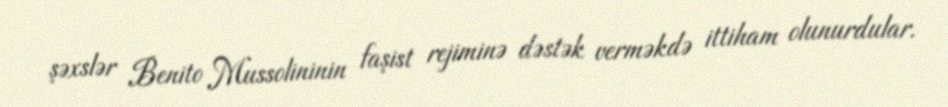
şəxslər Benito Mussolininin faşist rejiminə dəstək verməkdə ittiham olunurdular.